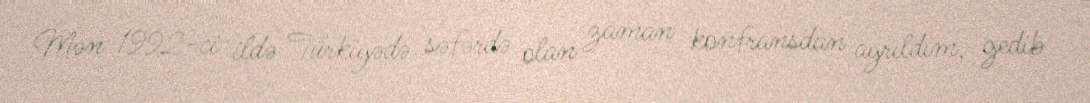
Mən 1992-ci ildə Türkiyədə səfərdə olan zaman konfransdan ayrıldım, gedib